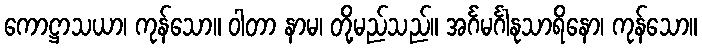
ကောဋ္ဌာသယာ၊ ကုန်သော။ ဝါတာ နာမ၊ တို့မည်သည်။ အင်္ဂမင်္ဂါနုသာရိနော၊ ကုန်သော။